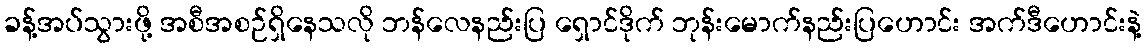
ခန့်အပ်သွားဖို့ အစီအစဉ်ရှိနေသလို ဘန်လေနည်းပြ ရှောင်ဒိုက် ဘုန်းမောက်နည်းပြဟောင်း အက်ဒီဟောင်းနဲ့